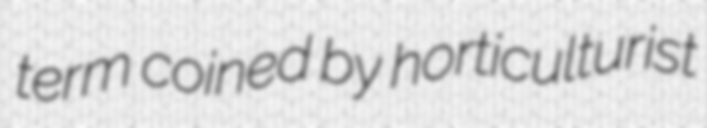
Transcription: term coined by horticulturist